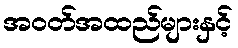
အဝတ်အထည်များနှင့်